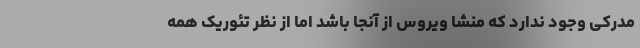
مدرکی وجود ندارد که منشا ویروس از آنجا باشد اما از نظر تئوریک همه